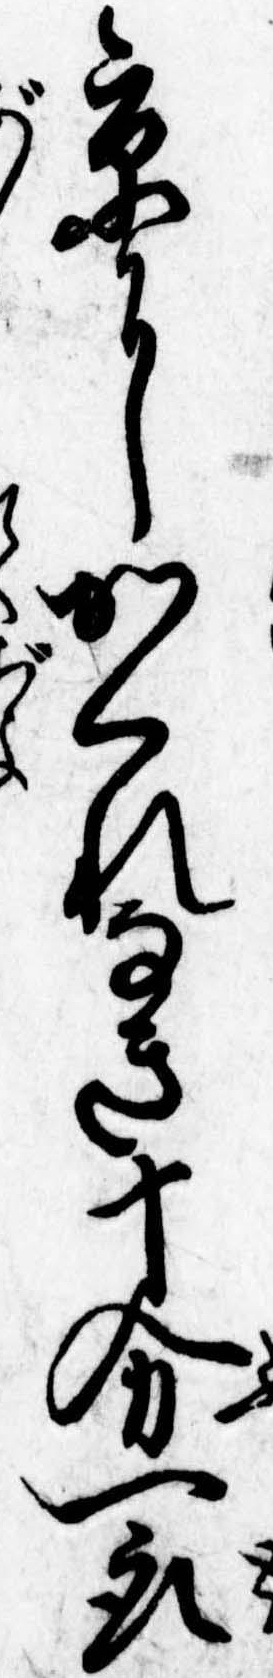
京にかくれなき十分一取